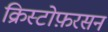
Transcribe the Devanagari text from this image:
क्रिस्टोफ़रसन